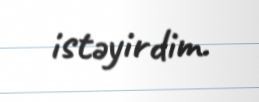
istəyirdim.